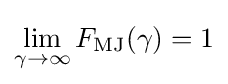
\lim _{\gamma \to \infty }F_{\text{MJ}}(\gamma )=1